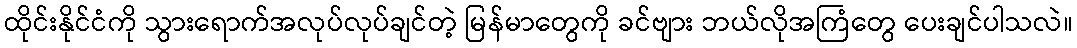
ထိုင်းနိုင်ငံကို သွားရောက်အလုပ်လုပ်ချင်တဲ့ မြန်မာတွေကို ခင်ဗျား ဘယ်လိုအကြံတွေ ပေးချင်ပါသလဲ။